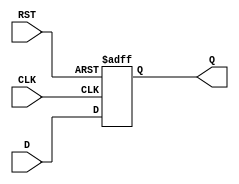
module intermediate_register (
    input wire D,        // Data Input
    input wire CLK,      // Clock Input
    input wire RST,      // Reset Input
    output reg Q         // Data Output
);

// Asynchronous Reset and Clock Edge Detection
always @(posedge CLK or posedge RST) begin
    if (RST) begin
        Q <= 1'b0;       // Reset output to 0 (predefined value)
    end else begin
        Q <= D;          // Capture input data on rising edge of CLK
    end
end

endmodule